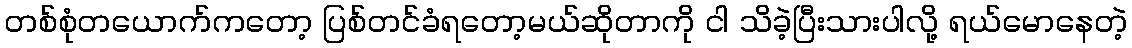
တစ်စုံတယောက်ကတော့ ပြစ်တင်ခံရတော့မယ်ဆိုတာကို ငါ သိခဲ့ပြီးသားပါလို့ ရယ်မောနေတဲ့